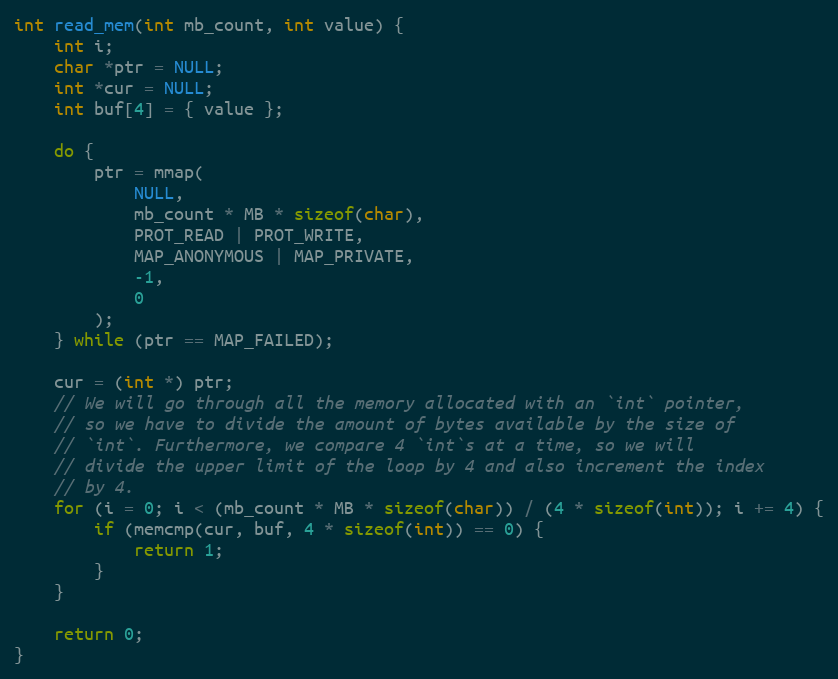
Language: C
int read_mem(int mb_count, int value) {
    int i;
    char *ptr = NULL;
    int *cur = NULL;
    int buf[4] = { value };

    do {
        ptr = mmap(
            NULL,
            mb_count * MB * sizeof(char),
            PROT_READ | PROT_WRITE,
            MAP_ANONYMOUS | MAP_PRIVATE,
            -1,
            0
        );
    } while (ptr == MAP_FAILED);

    cur = (int *) ptr;
    // We will go through all the memory allocated with an `int` pointer,
    // so we have to divide the amount of bytes available by the size of
    // `int`. Furthermore, we compare 4 `int`s at a time, so we will
    // divide the upper limit of the loop by 4 and also increment the index
    // by 4.
    for (i = 0; i < (mb_count * MB * sizeof(char)) / (4 * sizeof(int)); i += 4) {
        if (memcmp(cur, buf, 4 * sizeof(int)) == 0) {
            return 1;
        }
    }

    return 0;
}